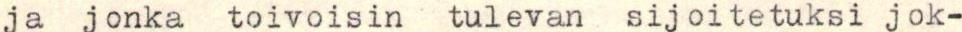
ja jonka toivoisin tulevan sijoitetuksi jok-